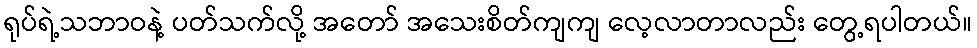
ရုပ်ရဲ့သဘာဝနဲ့ ပတ်သက်လို့ အတော် အသေးစိတ်ကျကျ လေ့လာတာလည်း တွေ့ရပါတယ်။